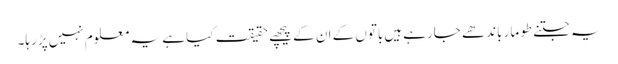
یہ جتنے طومار باندھے جارہے ہیں‌باتوں کے ان کے پیچھے حقیقت کیا ہے یہ معلوم نہیں‌پڑ رہا۔